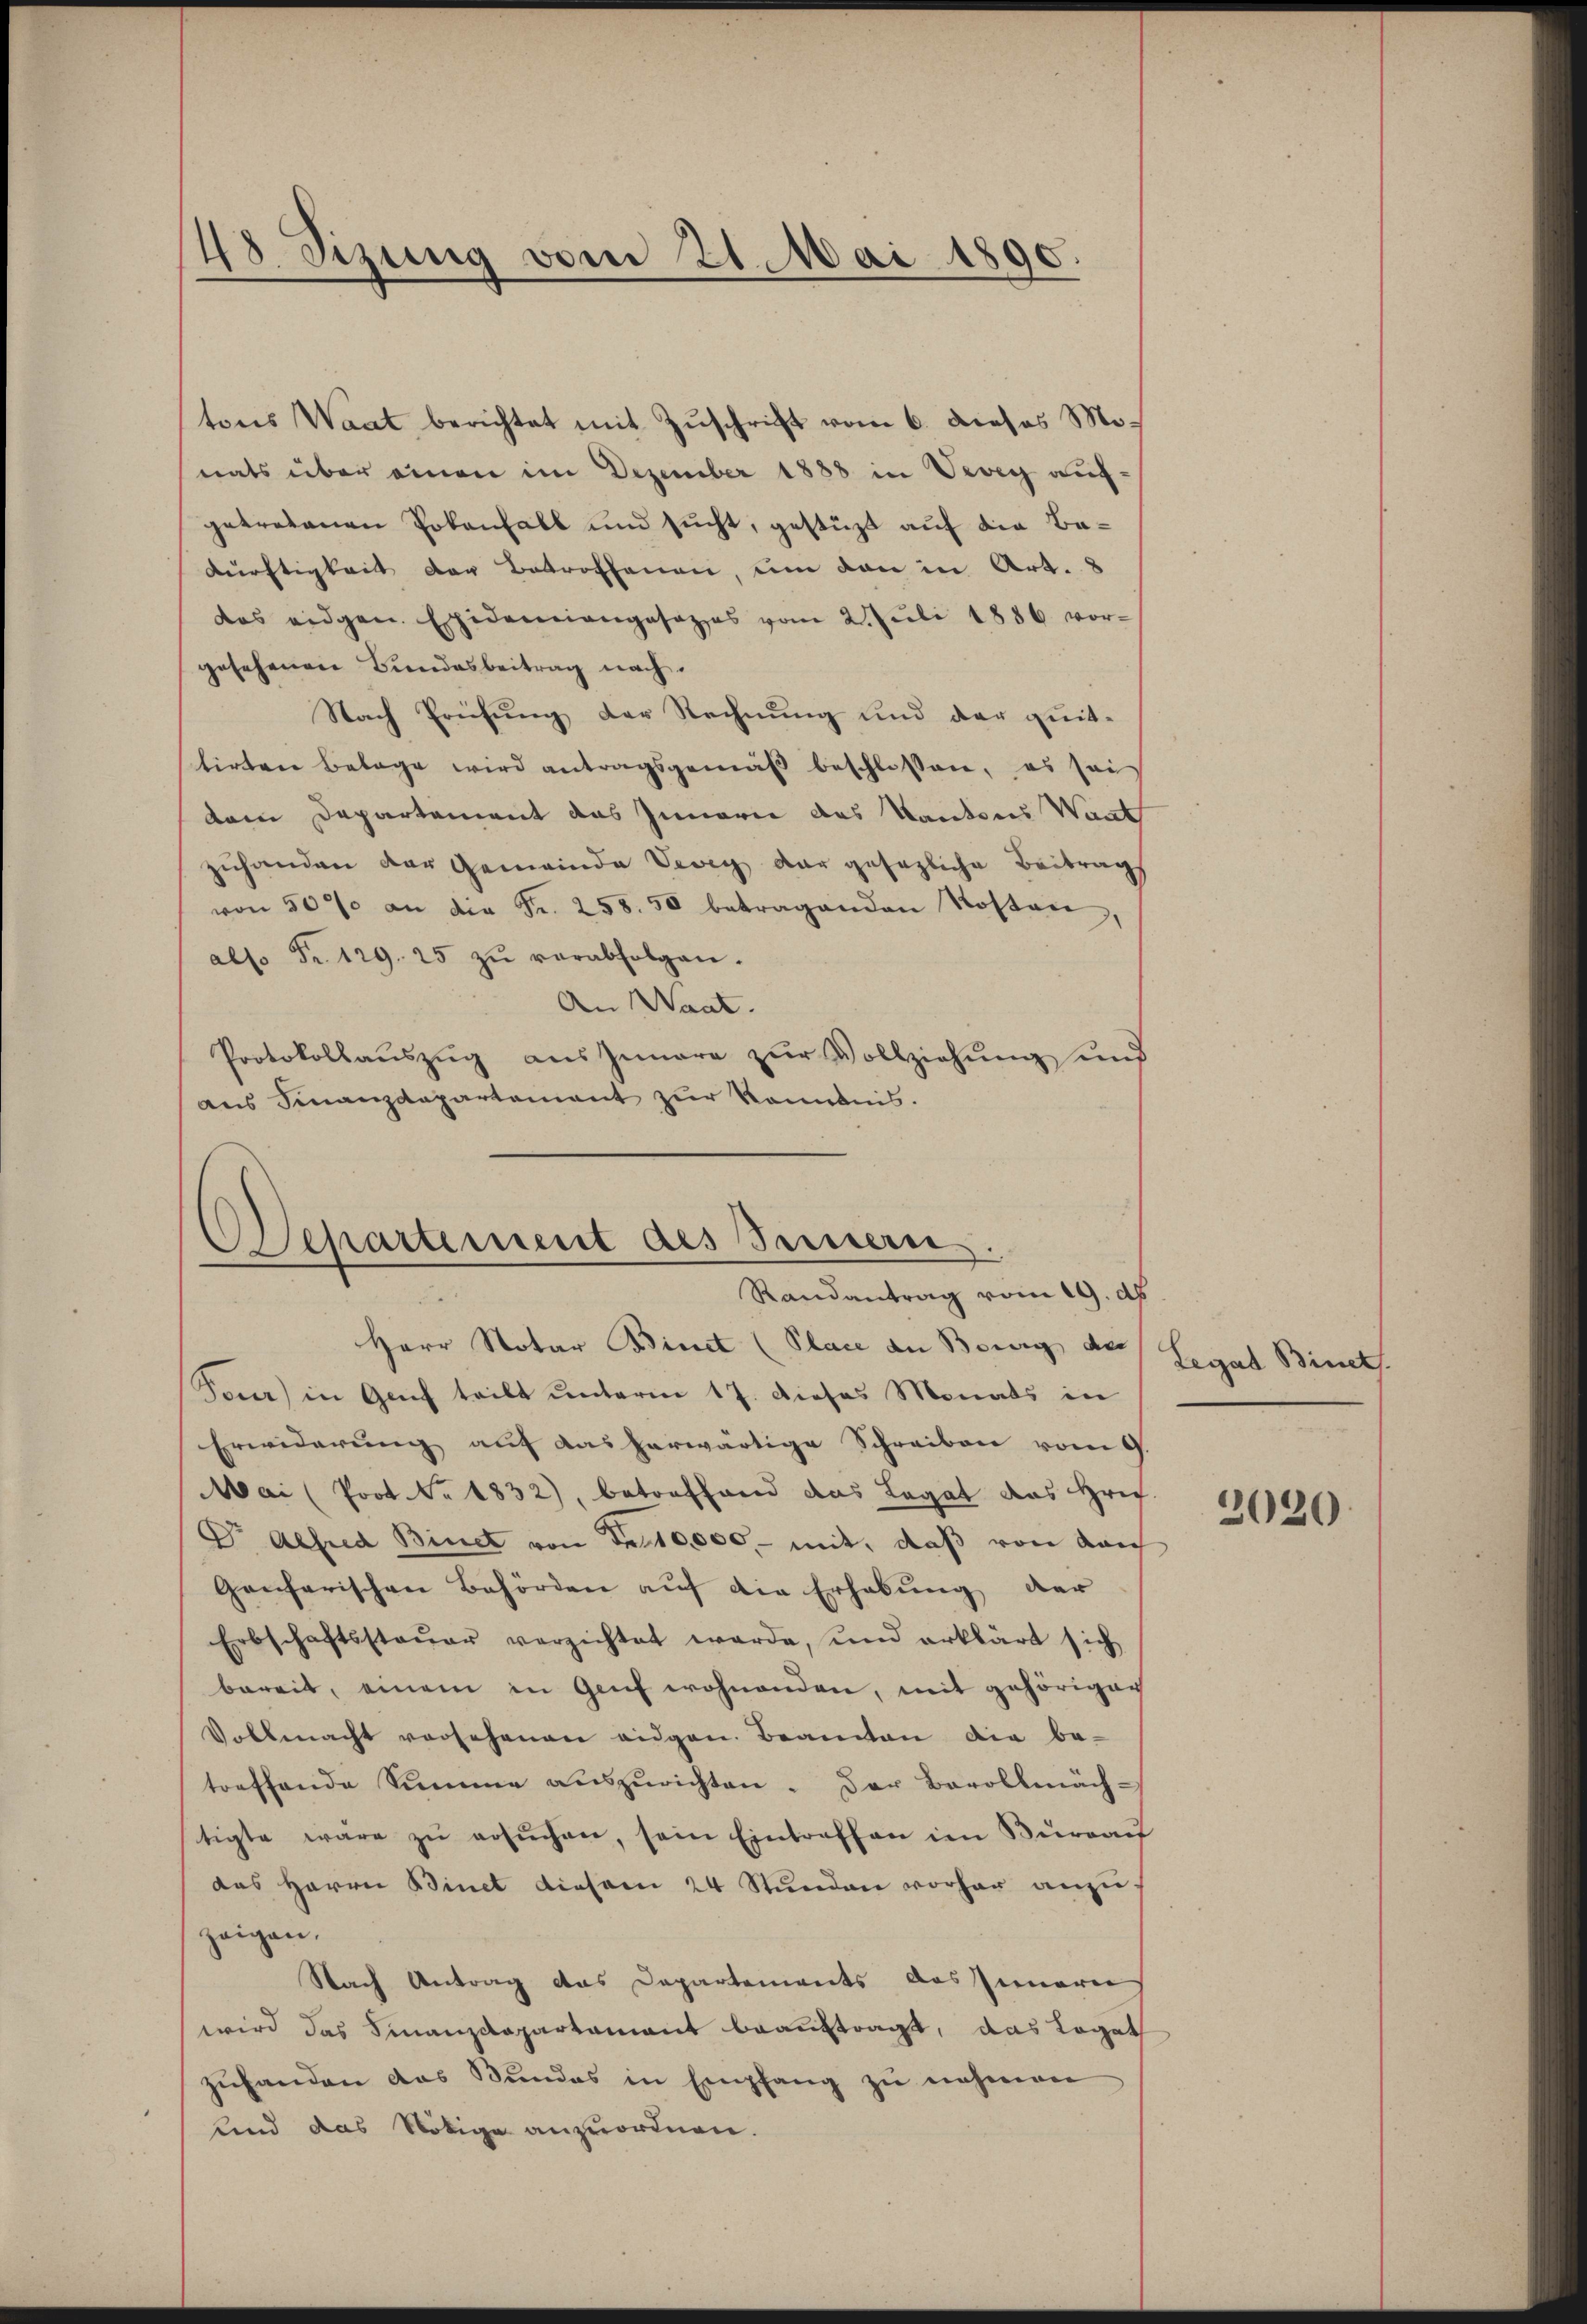
48 Sizung vom 21. Mai 1890.

tons Waat berichtet mit Zŭschrift vom 6. Dieses Mo
nats über einen im Dezember 1888 in Vevey aufgetretenen Potenfall und sucht, gestüzt auf die Be¬
Dürftigkeit der Betroffenen, um den in Art. 8
das eidgen. Epidemiangesezes vom 2. Jŭli 1886 vor-
gesehenen Bundesbeitrag nach.
Nach Prüfung der Rechnung und der quittirten belage wird antragsgemäβ beschlossen, es sei
dem Departement das Innern das Kantons Want
zuhanden der Gemeinde Vevey der gesezliche Beitrags
von 50% an die Fr. 258. 50 betragenden Kosten,
als. Fr. 129. 25 zŭ verabfolgen.
An Waat.
Protokollaŭszŭg aŭszŭnare zŭr Vollziehŭng und
aus Finanzdepartement zur Kenntnis.

Separtement des Sennern
Randantrag vom 19. dh
u

Herr Notar Binet (Place an Bourg der
Son) in Genf teilt unterm 17. Dieses Monats in
Erwiderŭng auf das herwärtige Schreiben vom 9.
Mai (Prot. Nr. 1832), betreffend das Legat das Hrig.
Dr Alfred Binet von Fr. 10000 - mit, daß von dar
Genferischen Behörden auf die Erhebung der
Erbschaftssteŭer verzichtet werde, und erklärt sich
bereit, einem in Genf wohnenden, mit gehörigen
Vollmacht versehenen eidgen. Beamten die be-
treffende Summe aŭszŭrichten. Der Barollmäch-
tigte wäre zŭ ersŭchen, sein Eintreffen im Büreaŭ
das Herrn Binet dieser 24 Stunden vorher anzuzeigen.
Nach Antrag das Departements das Inneren
wird das Finanzdepartament beauftragt, das Logeth
zŭhanden das Bŭndes in Empfang zŭ nehmen
und das Nötige anzuordnen.

Legat Binet

2020